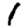
Digit: 1